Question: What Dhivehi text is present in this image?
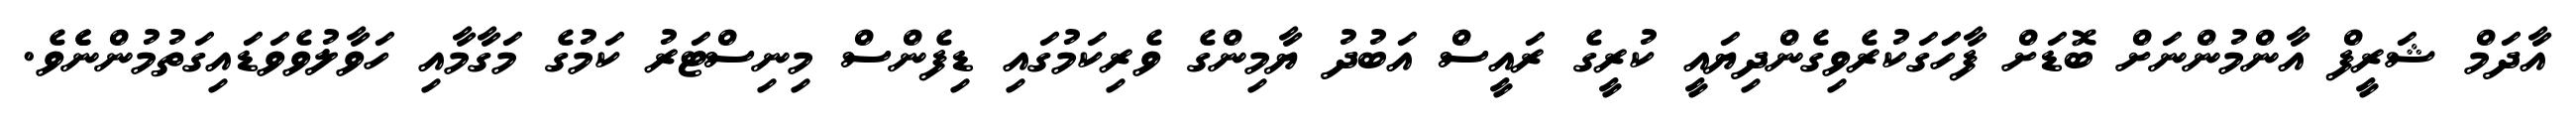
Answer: އާދަމް ޝަރީފް އާންމުންނަށް ބޮޑަށް ފާހަަގަކުރެވިގެންދިޔައީ ކުރީގެ ރައީސް އަބުދު ޔާމިންގެ ވެރިކަމުގައި ޑިފެންސް މިނިސްޓަރު ކަމުގެ މަގާމާއި ހަވާލުވެވަޑައިގަތުމުންނެެވެ.